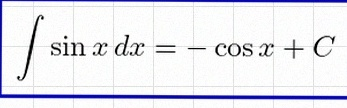
\int \sin x\,dx=-\cos x+C